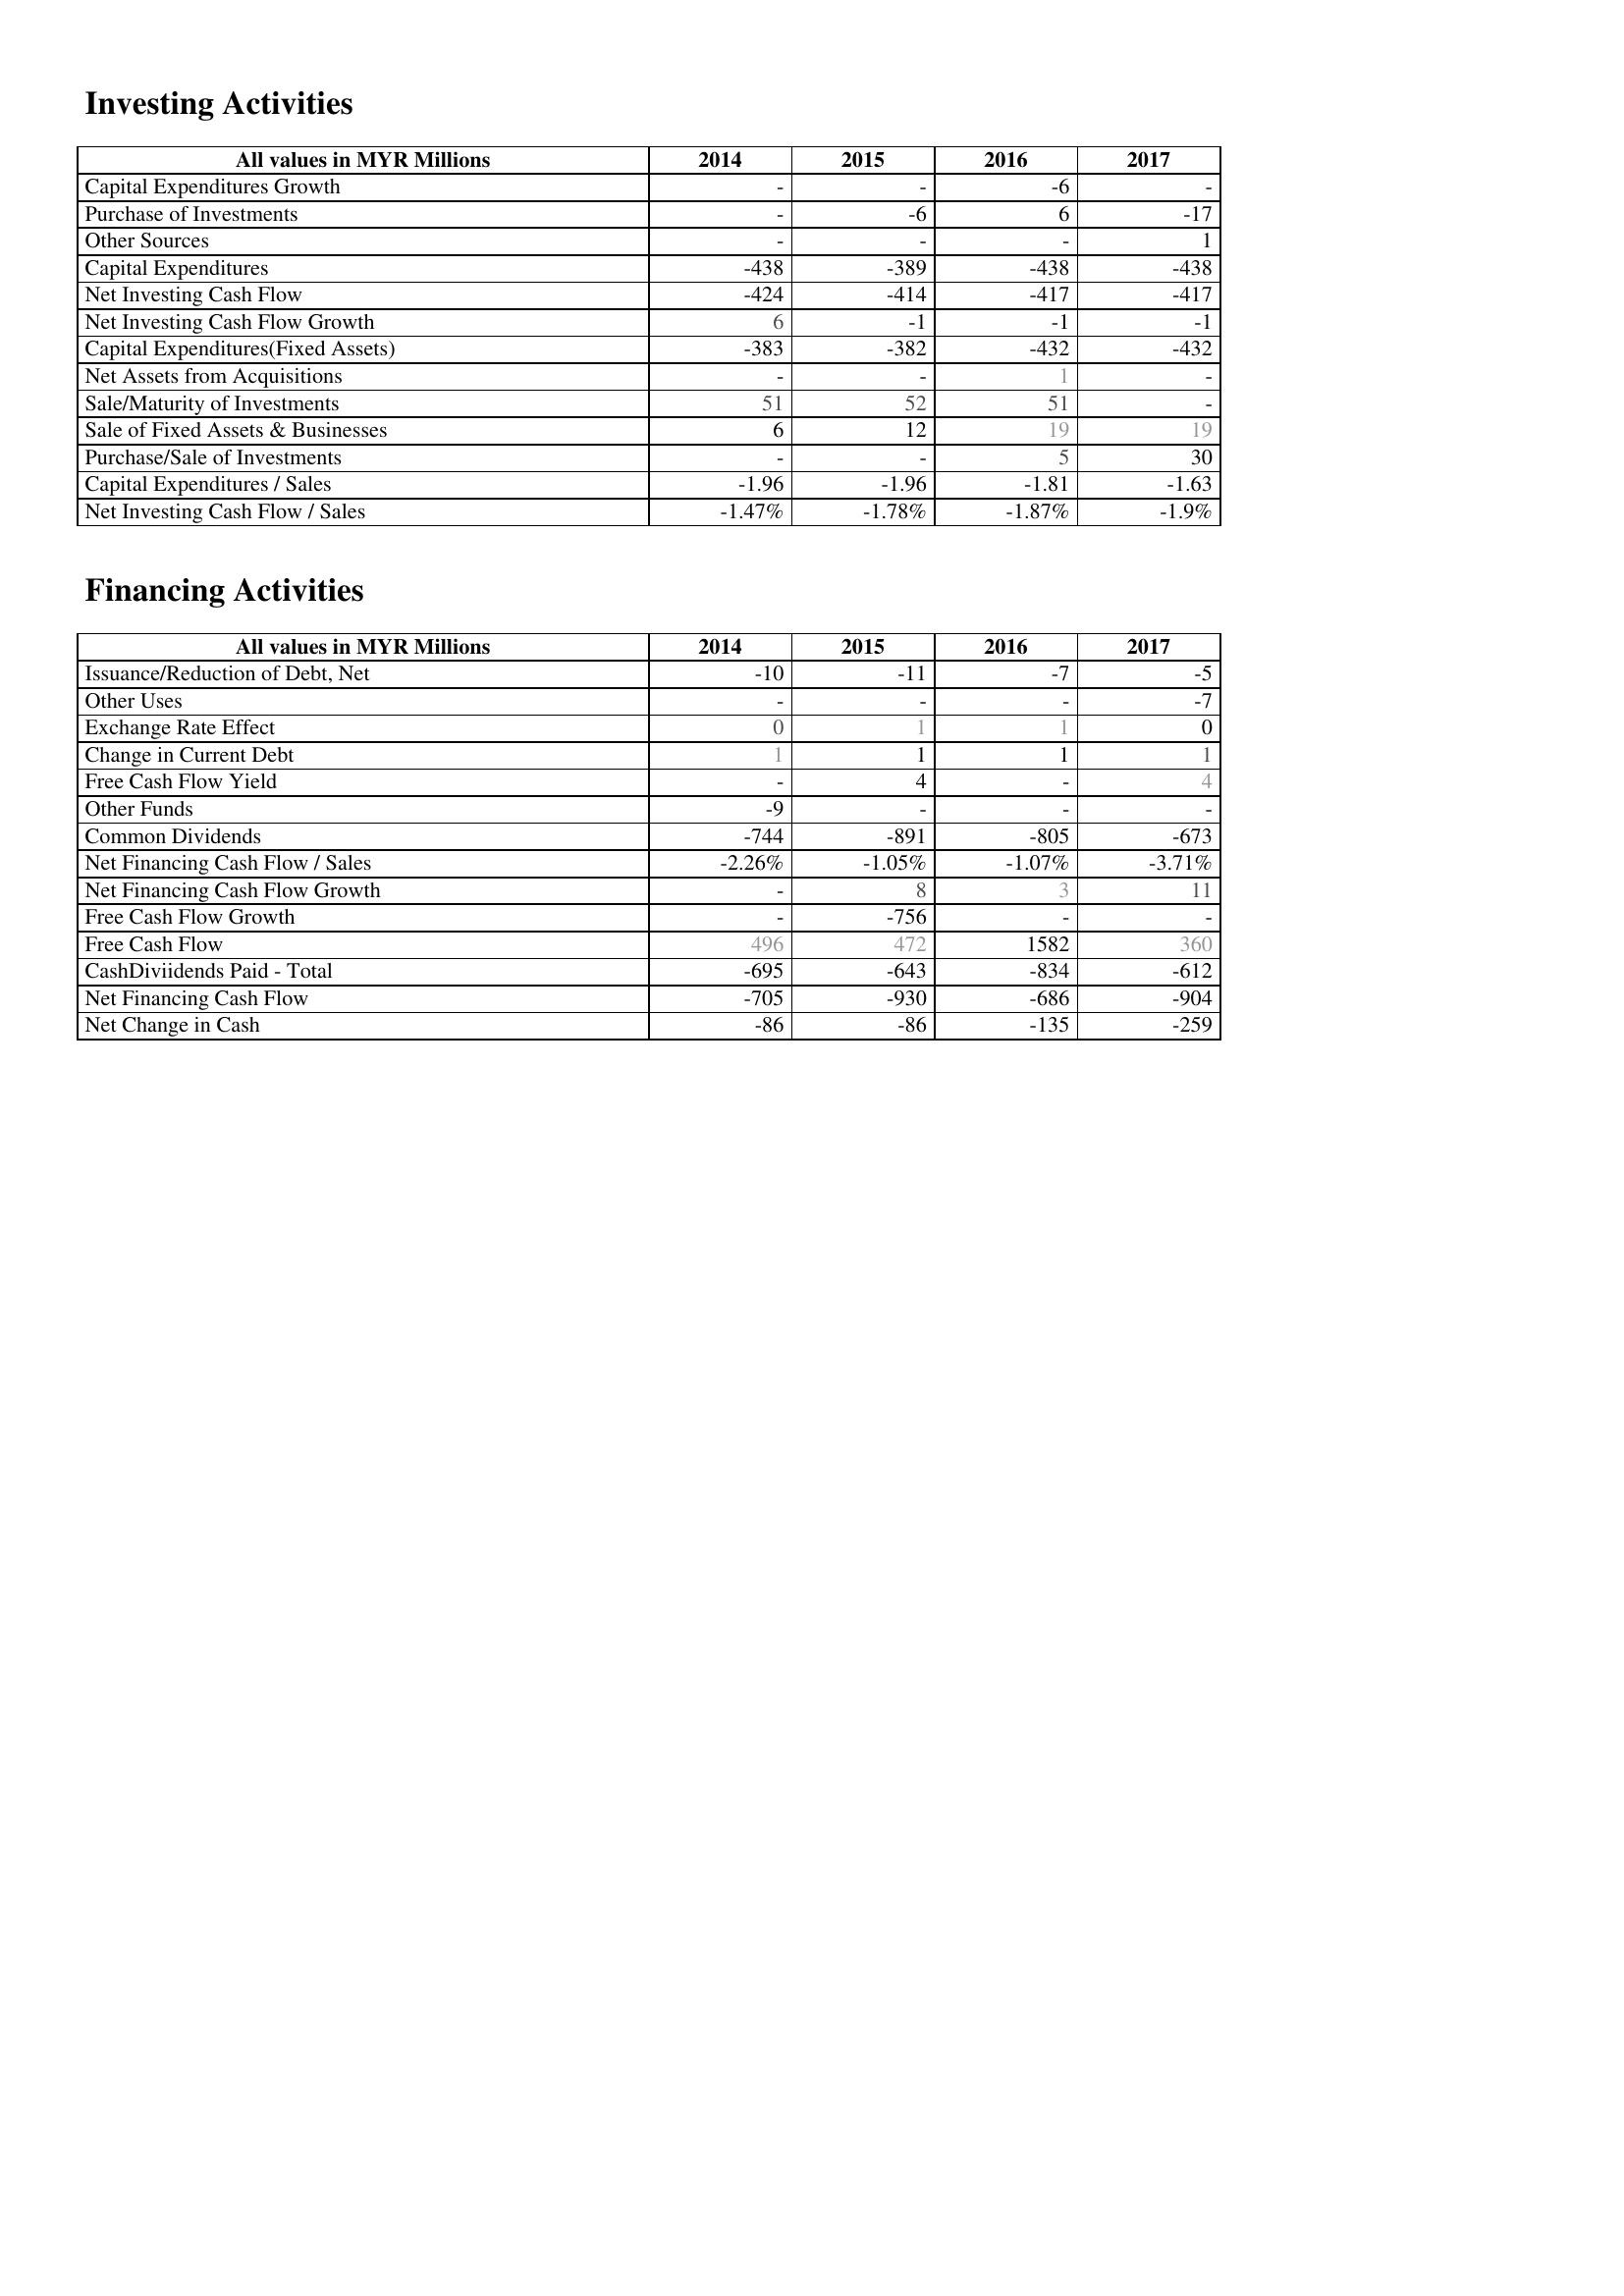
2014: Investing Activities: Capital Expenditures Growth: -
Purchase of Investments: -
Other Sources: -
Capital Expenditures: -438
Net Investing Cash Flow: -424
Net Investing Cash Flow Growth: 6
Capital Expenditures(Fixed Assets): -383
Net Assets from Acquisitions: -
Sale/Maturity of Investments: 51
Sale of Fixed Assets & Businesses: 6
Purchase/Sale of Investments: -
Capital Expenditures / Sales: -1.96
Net Investing Cash Flow / Sales: -1.47%
Financing Activities: Issuance/Reduction of Debt, Net: -10
Other Uses: -
Exchange Rate Effect: 0
Change in Current Debt: 1
Free Cash Flow Yield: -
Other Funds: -9
Common Dividends: -744
Net Financing Cash Flow / Sales: -2.26%
Net Financing Cash Flow Growth: -
Free Cash Flow Growth: -
Free Cash Flow: 496
CashDiviidends Paid - Total: -695
Net Financing Cash Flow: -705
Net Change in Cash: -86
2015: Investing Activities: Capital Expenditures Growth: -
Purchase of Investments: -6
Other Sources: -
Capital Expenditures: -389
Net Investing Cash Flow: -414
Net Investing Cash Flow Growth: -1
Capital Expenditures(Fixed Assets): -382
Net Assets from Acquisitions: -
Sale/Maturity of Investments: 52
Sale of Fixed Assets & Businesses: 12
Purchase/Sale of Investments: -
Capital Expenditures / Sales: -1.96
Net Investing Cash Flow / Sales: -1.78%
Financing Activities: Issuance/Reduction of Debt, Net: -11
Other Uses: -
Exchange Rate Effect: 1
Change in Current Debt: 1
Free Cash Flow Yield: 4
Other Funds: -
Common Dividends: -891
Net Financing Cash Flow / Sales: -1.05%
Net Financing Cash Flow Growth: 8
Free Cash Flow Growth: -756
Free Cash Flow: 472
CashDiviidends Paid - Total: -643
Net Financing Cash Flow: -930
Net Change in Cash: -86
2016: Investing Activities: Capital Expenditures Growth: -6
Purchase of Investments: 6
Other Sources: -
Capital Expenditures: -438
Net Investing Cash Flow: -417
Net Investing Cash Flow Growth: -1
Capital Expenditures(Fixed Assets): -432
Net Assets from Acquisitions: 1
Sale/Maturity of Investments: 51
Sale of Fixed Assets & Businesses: 19
Purchase/Sale of Investments: 5
Capital Expenditures / Sales: -1.81
Net Investing Cash Flow / Sales: -1.87%
Financing Activities: Issuance/Reduction of Debt, Net: -7
Other Uses: -
Exchange Rate Effect: 1
Change in Current Debt: 1
Free Cash Flow Yield: -
Other Funds: -
Common Dividends: -805
Net Financing Cash Flow / Sales: -1.07%
Net Financing Cash Flow Growth: 3
Free Cash Flow Growth: -
Free Cash Flow: 1582
CashDiviidends Paid - Total: -834
Net Financing Cash Flow: -686
Net Change in Cash: -135
2017: Investing Activities: Capital Expenditures Growth: -
Purchase of Investments: -17
Other Sources: 1
Capital Expenditures: -438
Net Investing Cash Flow: -417
Net Investing Cash Flow Growth: -1
Capital Expenditures(Fixed Assets): -432
Net Assets from Acquisitions: -
Sale/Maturity of Investments: -
Sale of Fixed Assets & Businesses: 19
Purchase/Sale of Investments: 30
Capital Expenditures / Sales: -1.63
Net Investing Cash Flow / Sales: -1.9%
Financing Activities: Issuance/Reduction of Debt, Net: -5
Other Uses: -7
Exchange Rate Effect: 0
Change in Current Debt: 1
Free Cash Flow Yield: 4
Other Funds: -
Common Dividends: -673
Net Financing Cash Flow / Sales: -3.71%
Net Financing Cash Flow Growth: 11
Free Cash Flow Growth: -
Free Cash Flow: 360
CashDiviidends Paid - Total: -612
Net Financing Cash Flow: -904
Net Change in Cash: -259